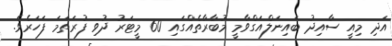
އަދި މިއީ ސާއިދު ބައިނަލްއަގްވާމީ މުބާރާތެއްގައި 60 މީޓަރު ދުވި ފުރަތަމަ ފަހަރެވެ.